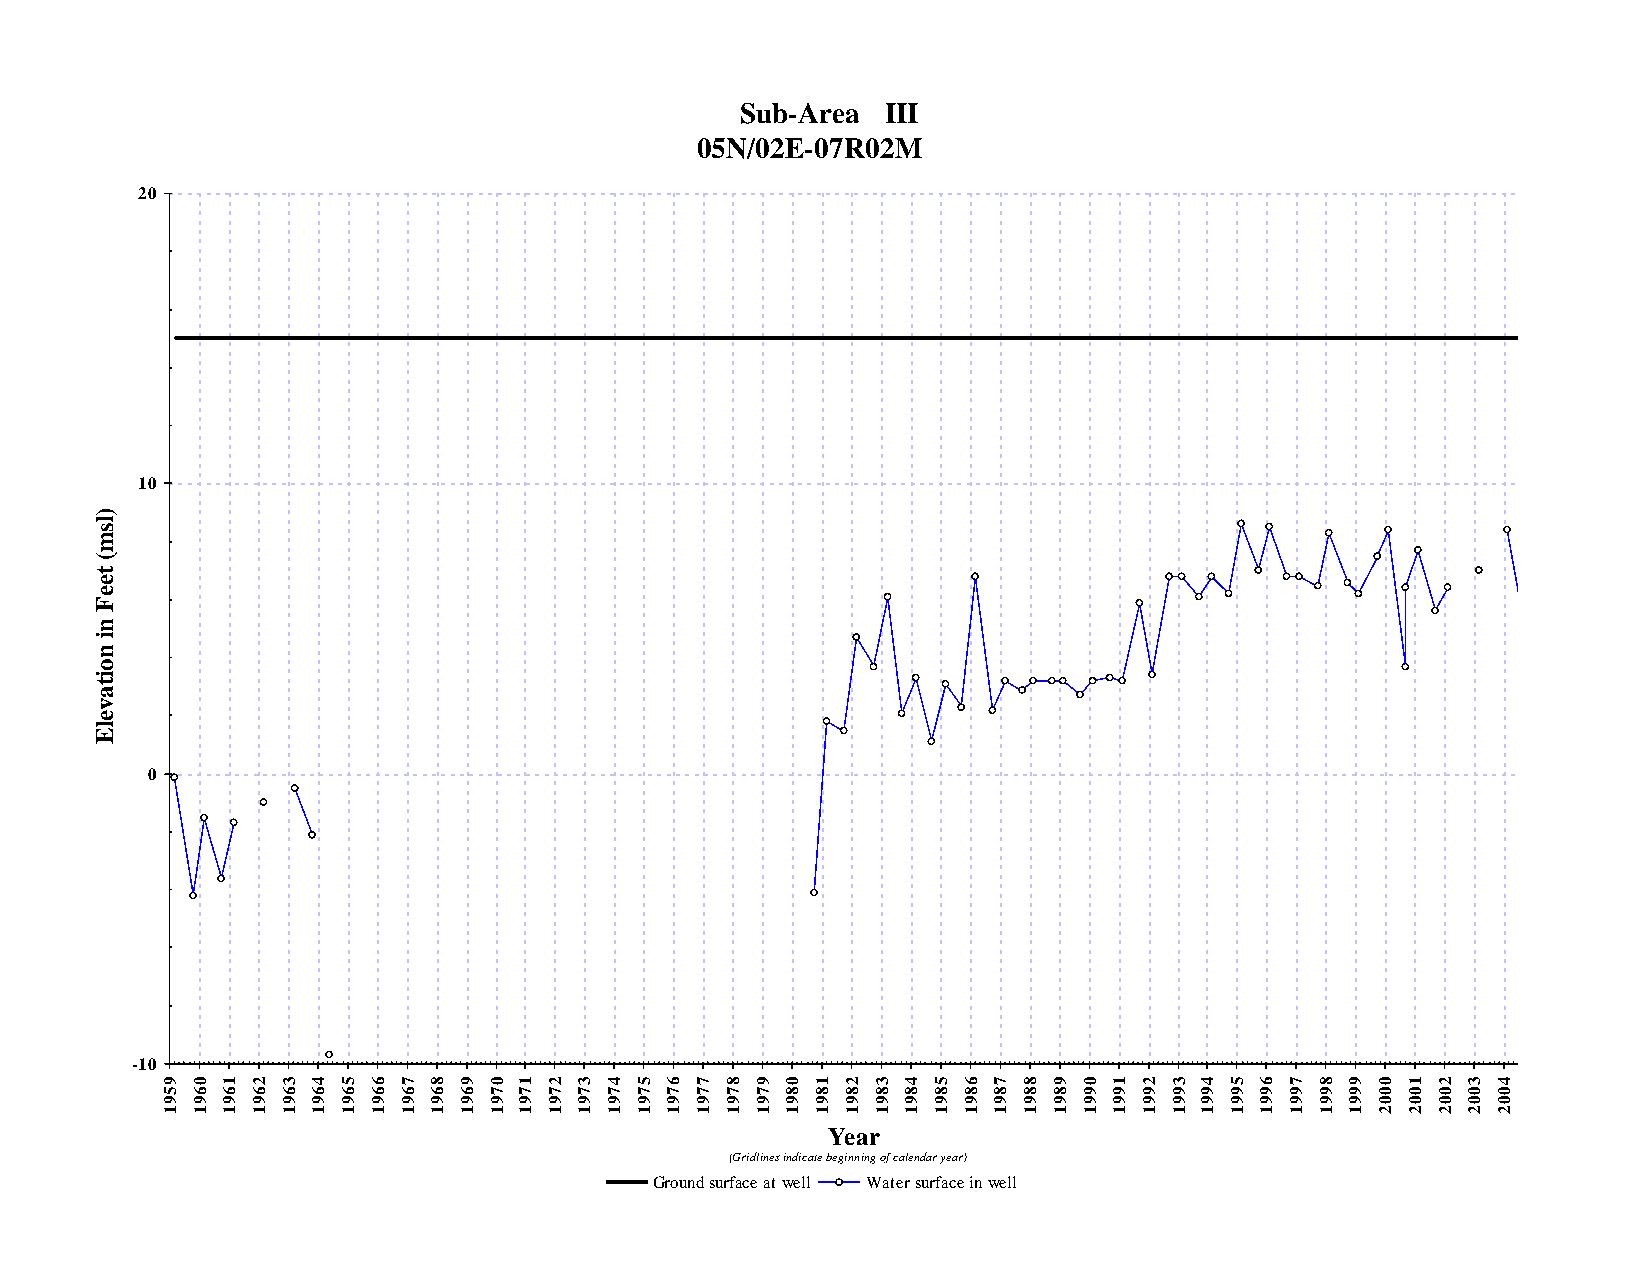
Sub-Area  III
 05N/02E-07R02M
 20
 10
 )
 l
 s
 m
 (
 t
 e
 e
 F
 n
 i
 n
 o
 i
 t
 a
 v
 e
 l
 E
 0
 -10
 9 0 1 2 3 4 5 6 7 8 9 0 1 2 3 4 5 6 7 8 9 0 1 2 3 4 5 6 7 8 9 0 1 2 3 4 5 6 7 8 9 0 1 2 3 4 5
 5 6 6 6 6 6 6 6 6 6 6 7 7 7 7 7 7 7 7 7 7 8 8 8 8 8 8 8 8 8 8 9 9 9 9 9 9 9 9 9 9 0 0 0 0 0 0
 9 9 9 9 9 9 9 9 9 9 9 9 9 9 9 9 9 9 9 9 9 9 9 9 9 9 9 9 9 9 9 9 9 9 9 9 9 9 9 9 9 0 0 0 0 0 0
 1 1 1 1 1 1 1 1 1 1 1 1 1 1 1 1 1 1 1 1 1 1 1 1 1 1 1 1 1 1 1 1 1 1 1 1 1 1 1 1 1 2 2 2 2 2 2
 Year
 (Gridlines indicate beginning of calendar year)
 Ground surface at well Water surface in well